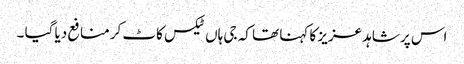
اس پر شاہد عزیز کا کہنا تھا کہ جی ہاں ٹیکس کاٹ کر منافع دیا گیا ۔